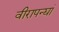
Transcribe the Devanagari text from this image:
वीरापन्द्यां